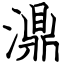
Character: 濎